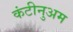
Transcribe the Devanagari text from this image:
कंटीनुअम